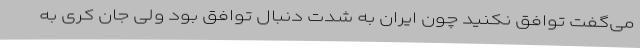
می‌گفت توافق نکنید چون ایران به شدت دنبال توافق بود ولی جان کری به